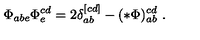
\Phi _ { a b e } \Phi _ { e } ^ { c d } = 2 \delta _ { a b } ^ { [ c d ] } - ( * \Phi ) _ { a b } ^ { c d } \ .